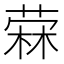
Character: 𰘓